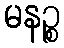
မနဉ္စ